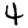
Digit: 4